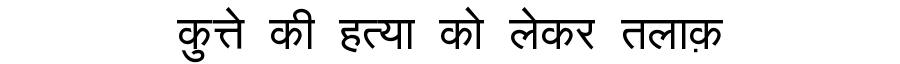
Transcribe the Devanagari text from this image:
कुत्ते की हत्या को लेकर तलाक़